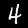
Label: 4